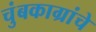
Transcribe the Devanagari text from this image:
चुंबकाग्रांचे